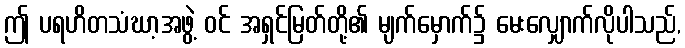
ဤ ပရဟိတသံဃာ့အဖွဲ့ ဝင် အရှင်မြတ်တို့၏ မျက်မှောက်၌ မေးလျှောက်လိုပါသည်,